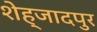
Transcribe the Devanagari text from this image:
शेह्जादपुर